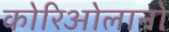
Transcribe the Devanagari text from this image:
कोरिओलानो